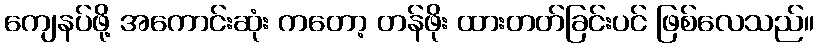
ကျေနပ်ဖို့ အကောင်းဆုံး ကတော့ တန်ဖိုး ထားတတ်ခြင်းပင် ဖြစ်လေသည်။